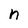
Character: n